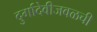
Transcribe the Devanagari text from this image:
दुर्गादेवीजवळची